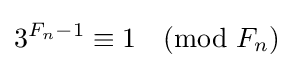
3^{F_{n}-1}\equiv 1{\pmod {F_{n}}}